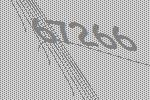
67266